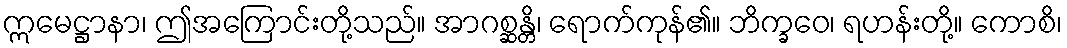
ဣမေဋ္ဌာနာ၊ ဤအကြောင်းတို့သည်။ အာဂစ္ဆန္တိ၊ ရောက်ကုန်၏။ ဘိက္ခဝေ၊ ရဟန်းတို့။ ကောစိ၊